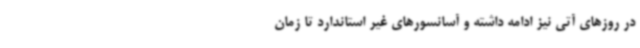
در روزهای آتی نیز ادامه داشته و آسانسورهای غیر استاندارد تا زمان